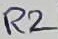
Text: R2